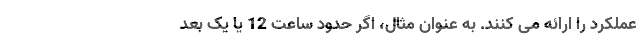
عملکرد را ارائه می کنند. به عنوان مثال، اگر حدود ساعت 12 یا یک بعد